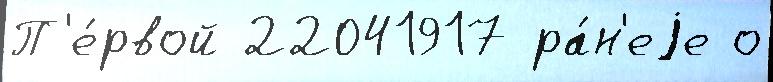
П'е́рвой 22041917 ра́н'еjе о